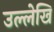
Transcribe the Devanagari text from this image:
उल्लेखि